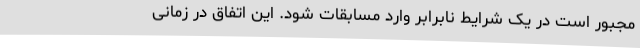
مجبور است در یک شرایط نابرابر وارد مسابقات شود. این اتفاق در زمانی